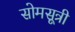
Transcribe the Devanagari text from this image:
सोमसूत्री